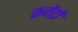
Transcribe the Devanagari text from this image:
कमेंटों